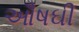
ઔષઘી